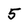
Character: 5